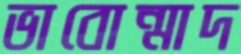
ভাবোন্মাদ